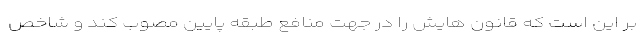
بر این است که قانون هایش را در جهت منافع طبقه پایین مصوب کند و شاخص